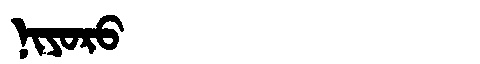
Manchu: ᠨᡳᠶᠣᡵᠣ
Romanization: NIYORO